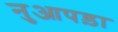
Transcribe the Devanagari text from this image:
नुआपड़ा